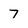
Character: 7